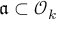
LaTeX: { \mathfrak { a } } \subset { \mathcal { O } } _ { k }